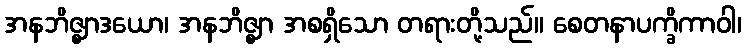
အနဘိဇ္ဈာဒယော၊ အနဘိဇ္ဈာ အစရှိသော တရားတို့သည်။ စေတနာပက္ခိကာဝါ၊